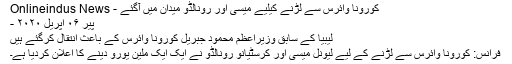
کورونا وائرس سے لڑنے کیلیے میسی اور رونالڈو میدان میں آگئے - Onlineindus News
پير ۰۶ اپريل ۲۰۲۰ -
لیبیا کے سابق وزیراعظم محمود جبریل کورونا وائرس کے باعث انتقال کرگئے ہیں
فرانس: کورونا وائرس سے لڑنے کے لیے لیونل میسی اور کرسٹیانو رونالڈو نے ایک ایک ملین یورو دینے کا اعلان کردیا ہے۔